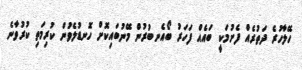
ހޭލާހުރެ ދަތުރެއް ފެށުމަކީ ބައެއް ފަހަރު ބޯއެނބުރުން މޭނުބައިކޮށް ހޮނޑުލެވުން ކުރިމަތި ކުރުވާނެ